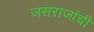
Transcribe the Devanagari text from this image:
जसराजांची